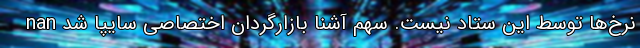
نرخ‌ها توسط این ستاد نیست. سهم آشنا بازارگردان اختصاصی سایپا شد nan